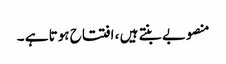
منصوبے بنتے ہیں ، افتتاح ہوتا ہے ۔